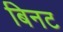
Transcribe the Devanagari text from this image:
बिनट